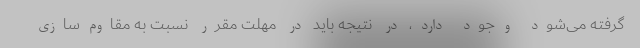
گرفته می‌شود وجود دارد، در نتیجه باید در مهلت مقرر نسبت به مقاوم‌سازی